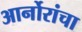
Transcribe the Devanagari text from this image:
आर्नोरांचा